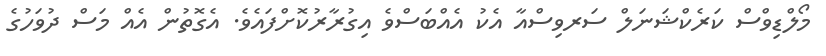
މޯލްޑިވްސް ކަރެކްޝަނަލް ސަރވިސްއާ އެކު އެއްބަސްވެ އިގުރާރުކޮށްފައެވެ. އެގޮތުން އެއް މަސް ދުވަހުގެ